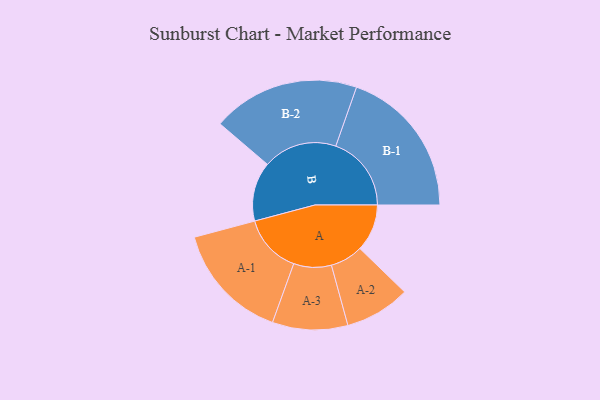
{"axis": {"x": "Segment", "y": "Value"}, "legend": ["", "A", "B"], "data": [{"x": "A", "y": 183, "type": ""}, {"x": "B", "y": 230, "type": ""}, {"x": "A-1", "y": 229, "type": "A"}, {"x": "A-2", "y": 127, "type": "A"}, {"x": "A-3", "y": 146, "type": "A"}, {"x": "B-1", "y": 293, "type": "B"}, {"x": "B-2", "y": 286, "type": "B"}]}